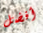
أفضل